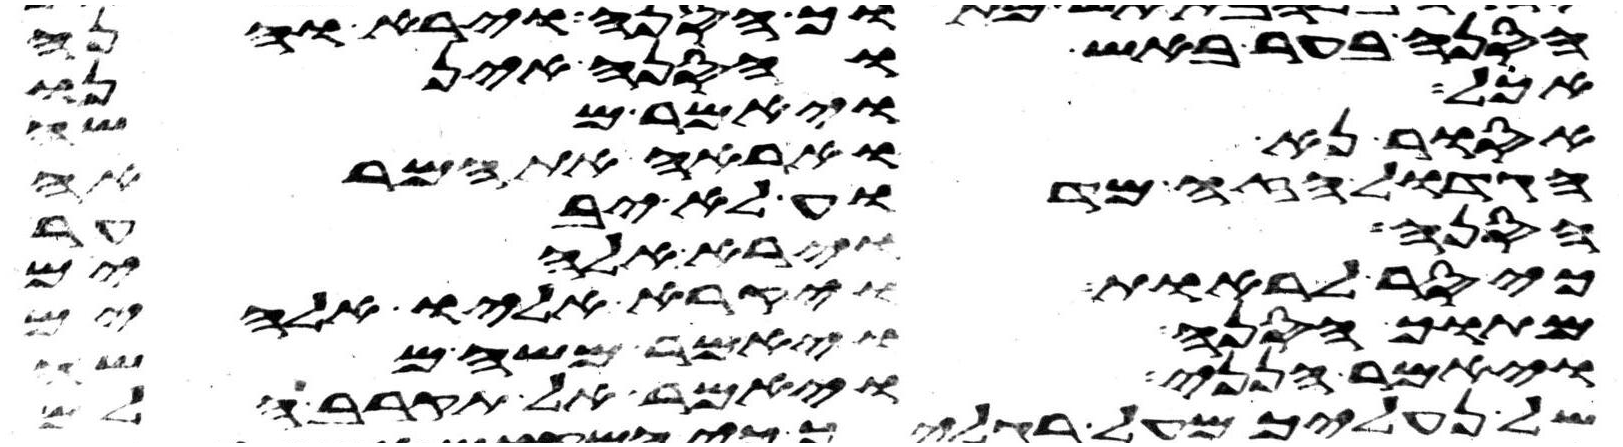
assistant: הסנה בער באש והסנה איננו
אכל ויאמר משה
אסור נא ואראה את המראה
הגדול הזה מדוע לא יבער
הסנה וירא אלהים
כי סר לראות ויקרא אליו אלהים
מתוך הסנה ויאמר משה משה
ויאמר הנני ויאמר אל תקרב הלם